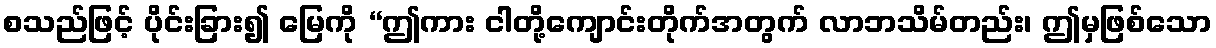
စသည်ဖြင့် ပိုင်းခြား၍ မြေကို “ဤကား ငါတို့ကျောင်းတိုက်အတွက် လာဘသိမ်တည်း၊ ဤမှဖြစ်သော